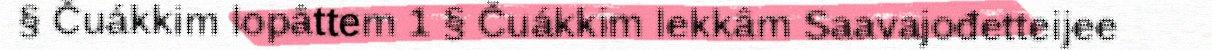
§ Čuákkim lopâttem 1 § Čuákkim lekkâm Saavajođetteijee